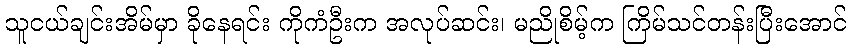
သူငယ်ချင်းအိမ်မှာ ခိုနေရင်း ကိုကံဦးက အလုပ်ဆင်း၊ မညိုစိမ့်က ကြိမ်သင်တန်းပြီးအောင်